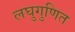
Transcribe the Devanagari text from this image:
लघुगुणित